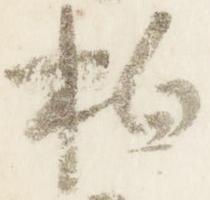
拍